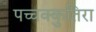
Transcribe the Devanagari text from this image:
पच्चक्कुतिरा